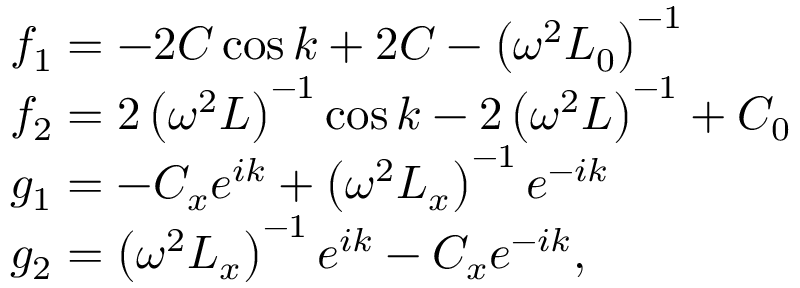
\begin{array} { r l } & { f _ { 1 } = - 2 C \cos k + 2 C - \left( \omega ^ { 2 } L _ { 0 } \right) ^ { - 1 } } \\ & { f _ { 2 } = 2 \left( \omega ^ { 2 } L \right) ^ { - 1 } \cos k - 2 \left( \omega ^ { 2 } L \right) ^ { - 1 } + C _ { 0 } } \\ & { g _ { 1 } = - C _ { x } e ^ { i k } + \left( \omega ^ { 2 } L _ { x } \right) ^ { - 1 } e ^ { - i k } } \\ & { g _ { 2 } = \left( \omega ^ { 2 } L _ { x } \right) ^ { - 1 } e ^ { i k } - C _ { x } e ^ { - i k } , } \end{array}